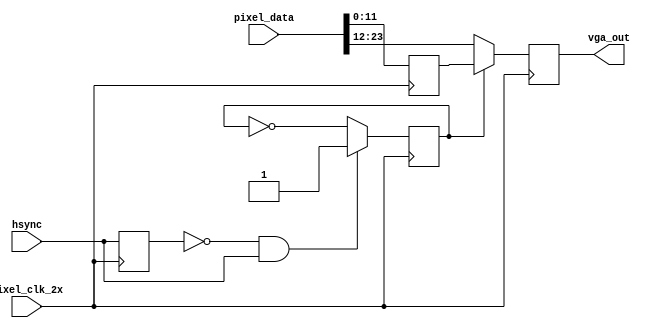
`timescale 1ns / 1ps
//////////////////////////////////////////////////////////////////////////////////
// Company: 
// Engineer: 
// 
// Design Name: 
// Module Name:    vga_pixel_drive 
// Project Name: 
// Target Devices: 
// Tool versions: 
// Description: 
//
// Dependencies: 
//
// Revision: 
// Revision 0.01 - File Created
// Additional Comments: 
//
//////////////////////////////////////////////////////////////////////////////////
//this contains some trick logic delays
module vga_pixel_drive(
	input wire hsync,
	input wire pixel_clk_2x, //50 MHz
	input wire [23:0] pixel_data,
	output reg [11:0] vga_out
    );
	 
	 reg pixel_ab; //0 for a, 1 for b
	 reg hsync_last = 0;
	 reg [23:0] stored_pixel;
	 reg [11:0] pixel_b;
	 
	 
	 always@(posedge pixel_clk_2x)
	 begin
		 hsync_last <= hsync;
		 
		pixel_ab <= ((hsync_last==0)&&(hsync==1)) ? 1 : ~pixel_ab;
		
		//latch input data on pixel_ab = a 
		pixel_b <= pixel_data[11:0];
		vga_out <= pixel_ab ? pixel_b : pixel_data[23:12];  
	 end


endmodule